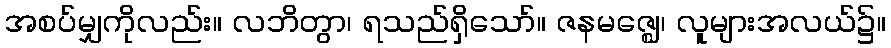
အစပ်မျှကိုလည်း။ လဘိတွာ၊ ရသည်ရှိသော်။ ဇနမဇ္ဈေ၊ လူများအလယ်၌။